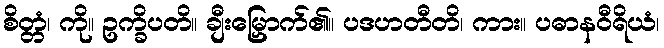
စိတ္တံ၊ ကို။ ဥက္ခိပတိ။ ချီးမြှောက်၏။ ပဒဟတီတိ၊ ကား။ ပဓာနဝီရိယံ၊